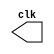
//----------------------------
//	Nome: Bruno Calil Nicoliello Moreira
// Matrcula: 405790
// Arquitetura de Computadores I - Guia 09
//	08/10/2010
//----------------------------


//----------------------------
//-- Clock
//----------------------------
module clock ( clk );
 output clk;
 reg    clk;

 initial
  begin
   clk = 1'b0;
  end

 always
  begin
   #12 clk = ~clk;
  end
endmodule

//----------------------------
//-- Exercicio 01
//----------------------------

module exe01(signal, clock);

 input  clock;
 output signal;
 reg    signal;

  initial
  begin
   signal = 1'b0;
  end

 always
  begin
   #24 signal = ~signal;
  end
  
endmodule

//----------------------------
//-- Exercicio 02
//----------------------------

module exe02(signal, clock);

 input  clock;
 output signal;
 reg    signal;

  initial
  begin
   signal = 1'b0;
  end

 always
  begin
   #4 signal = ~signal;
  end
  
endmodule

//----------------------------
//-- Exercicio 03
//----------------------------

module exe03 ( signal, clock );
 input  clock;
 output signal;
 reg    signal;

 always @ ( posedge clock )
  begin
      signal = 1'b1;
	#4 signal = 1'b0;
  end
  
 always @ ( negedge clock )
  begin
  		signal = 1'b1;
   #4 signal = 1'b0;
  end
  
endmodule // pulse

//----------------------------
//-- Exercicio 04
//----------------------------

module exe04 ( signal, clock );
 input  clock;
 output signal;
 reg    signal;

  
 always @ ( negedge clock )
  begin
  		  signal = 1'b1;
    #60 signal = 1'b0;
  end
endmodule

//----------------------------
//-- Exercicio 05
//----------------------------

module exe05 ( signal, clock );
 input  clock;
 output signal;
 reg    signal;

  
 always @ ( posedge clock )
  begin
  	    signal = 1'b1;
    #4 signal = 1'b0;
  end
endmodule

//----------------------------
//-- Teste
//----------------------------

module teste;

 wire  clock;
 clock clk1 ( clock );
 
 wire s1, s2, s3, s4, s5;
 
 exe01 e01 (s1 , clock);
 exe02 e02 (s2 , clock);
 exe03 e03 (s3 , clock);
 exe04 e04 (s4 , clock);
 exe05 e05 (s5 , clock);

 initial begin
  $dumpfile ( "guia09.vcd" );
  $dumpvars (1, clock, s1, s2, s3, s4, s5);

  #120 $finish;
 end

endmodule